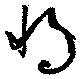
将